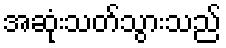
အဆုံးသတ်သွားသည်